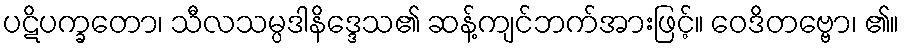
ပဋိပက္ခတော၊ သီလသမ္ပဒါနိဒ္ဒေသ၏ ဆန့်ကျင်ဘက်အားဖြင့်။ ဝေဒိတဗ္ဗော၊ ၏။